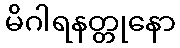
မိဂါရနတ္တုနော